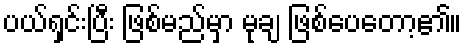
ပယ်ရှင်းပြီး ဖြစ်မည်မှာ မုချ ဖြစ်ပေတော့၏။